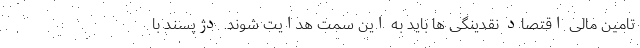
تامین مالی اقتصاد نقدینگی ها باید به این سمت هدایت شوند. دژپسند با